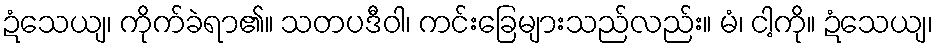
ဍံသေယျ၊ ကိုက်ခဲရာ၏။ သတပဒီဝါ၊ ကင်းခြေများသည်လည်း။ မံ၊ ငါ့ကို။ ဍံသေယျ၊